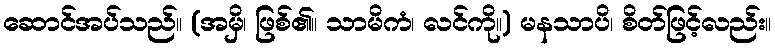
ဆောင်အပ်သည်။ (အမှိ၊ ဖြစ်၏။ သာမိကံ၊ လင်ကို။) မနသာပိ၊ စိတ်ဖြင့်လည်း။